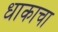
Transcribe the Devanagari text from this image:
धाकाचा